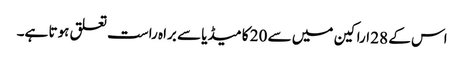
اس کے 28 اراکین میں سے 20 کا میڈیا سے براہ راست تعلق ہوتا ہے۔